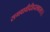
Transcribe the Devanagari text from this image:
सगवावीदीहदलवासा।।